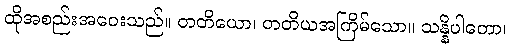
ထိုအစည်းအဝေးသည်။ တတိယော၊ တတိယအကြိမ်သော။ သန္နိပါတော၊